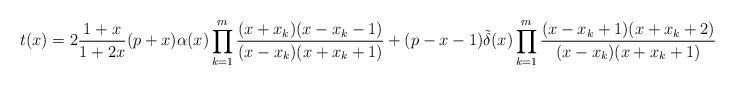
LaTeX: \begin{align*} t(x) &=2\frac{1+x}{1+2x}(p+x) \alpha(x)\prod_{k=1}^m\frac{(x+x_k)(x-x_k-1)}{(x-x_k)(x+x_k+1)}+(p-x-1){\tilde \delta}(x)\prod_{k=1}^m\frac{(x-x_k+1)(x+x_k+2)}{(x-x_k)(x+x_k+1)}\,. \end{align*}